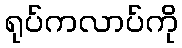
ရုပ်ကလာပ်ကို